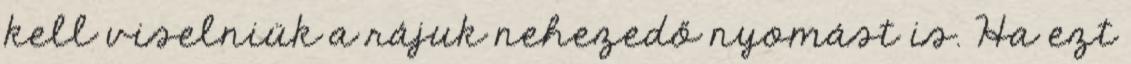
kell viselniük a rájuk nehezedő nyomást is. Ha ezt